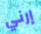
إرني